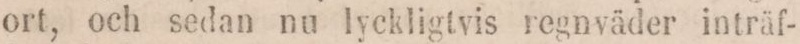
ort, och sedan nu lyckligtvis regnväder inträf-